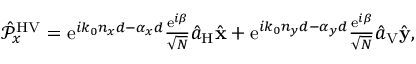
\begin{array} { r } { \hat { \mathcal P } _ { x } ^ { \mathrm { H V } } = \mathrm { e } ^ { i k _ { 0 } n _ { x } d - \alpha _ { x } d } \frac { \mathrm { e } ^ { i \beta } } { \sqrt { N } } \hat { a } _ { \mathrm { H } } \hat { \bf x } + \mathrm { e } ^ { i k _ { 0 } n _ { y } d - \alpha _ { y } d } \frac { \mathrm { e } ^ { i \beta } } { \sqrt { N } } \hat { a } _ { \mathrm { V } } \hat { \bf y } , } \end{array}